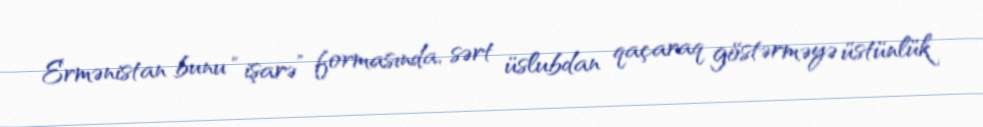
Ermənistan bunu “işarə” formasında, sərt üslubdan qaçaraq göstərməyə üstünlük